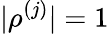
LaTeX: |\rho^{(j)}|=1